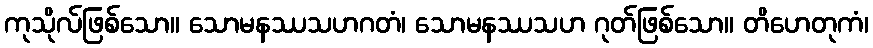
ကုသိုလ်ဖြစ်သော။ သောမနဿသဟဂတံ၊ သောမနဿသဟ ဂုတ်ဖြစ်သော။ တိဟေတုကံ၊